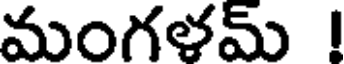
మంగళమ్ !